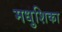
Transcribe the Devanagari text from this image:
मधुशिका